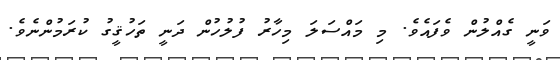
ވަނީ ގެއްލުން ވެފައެވެ. މި މައްސަލަ މިހާރު ފުލުހުން ދަނީ ތަހުޤީގު ކުރަމުންނެވެ.